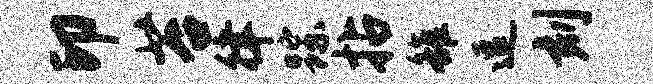
印苔律踪拈雒逗刻